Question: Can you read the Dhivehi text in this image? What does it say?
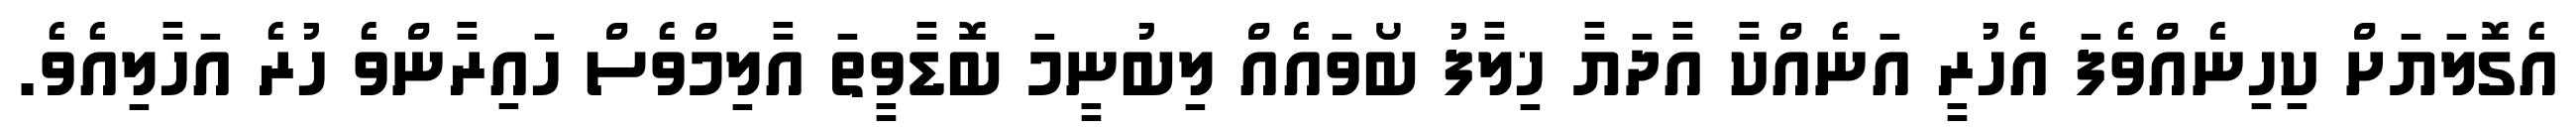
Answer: އެގޮލަޔަށް ކިހިނެއްވެފަ އެހުރީ އަނެއްކާ އާދަޔާ ޚިލާފު ބޯވައެއް ލިބުނީމަ ބޮޑާވީތަ އާލިމްވެސް ހައިރާންވެ ހުރެ އަހާލިއެވެ.